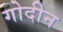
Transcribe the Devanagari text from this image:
गोदीन